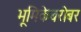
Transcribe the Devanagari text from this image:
भूमिकेबरोबर